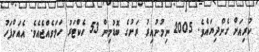
ކުރިއަށް ގެންދިޔައެވެ. 2005 ނިމުނުއިރު ރަށުގެ ބޮޑުމިން 53 ހެކްޓަރު ހަމަވެއްޖެއެވެ. އެއަށްފަހު